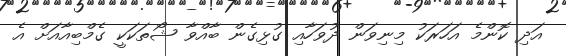
އަދި ކޮންމެ އަހަރަކު މިނިވަން ދުވަހާއި ގުޅިގެން ބާއްވާ ޝޯތަކަކީ ގެމްބިއާއަށް އެ